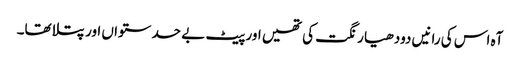
آہ اس کی رانیں دودھیا رنگت کی تھیں اور پیٹ بے حد ستواں اور پتلا تھا۔